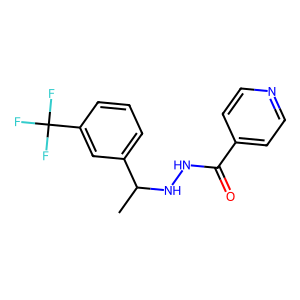
SMILES: CC(NNC(=O)c1ccncc1)c1cccc(C(F)(F)F)c1
Inhibits HIV replication: No